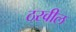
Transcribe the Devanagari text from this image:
ठरवील